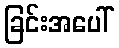
ခြင်းအပေါ်